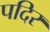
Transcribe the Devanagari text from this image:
पदिर